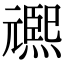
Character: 𭶌